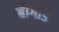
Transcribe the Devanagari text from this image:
बोंगार्ड